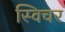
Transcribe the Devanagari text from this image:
स्विचर